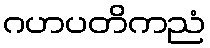
ဂဟပတိကညံ